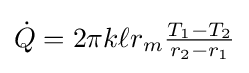
{\textstyle {\dot {Q}}=2\pi k\ell r_{m}{\frac {T_{1}-T_{2}}{r_{2}-r_{1}}}}